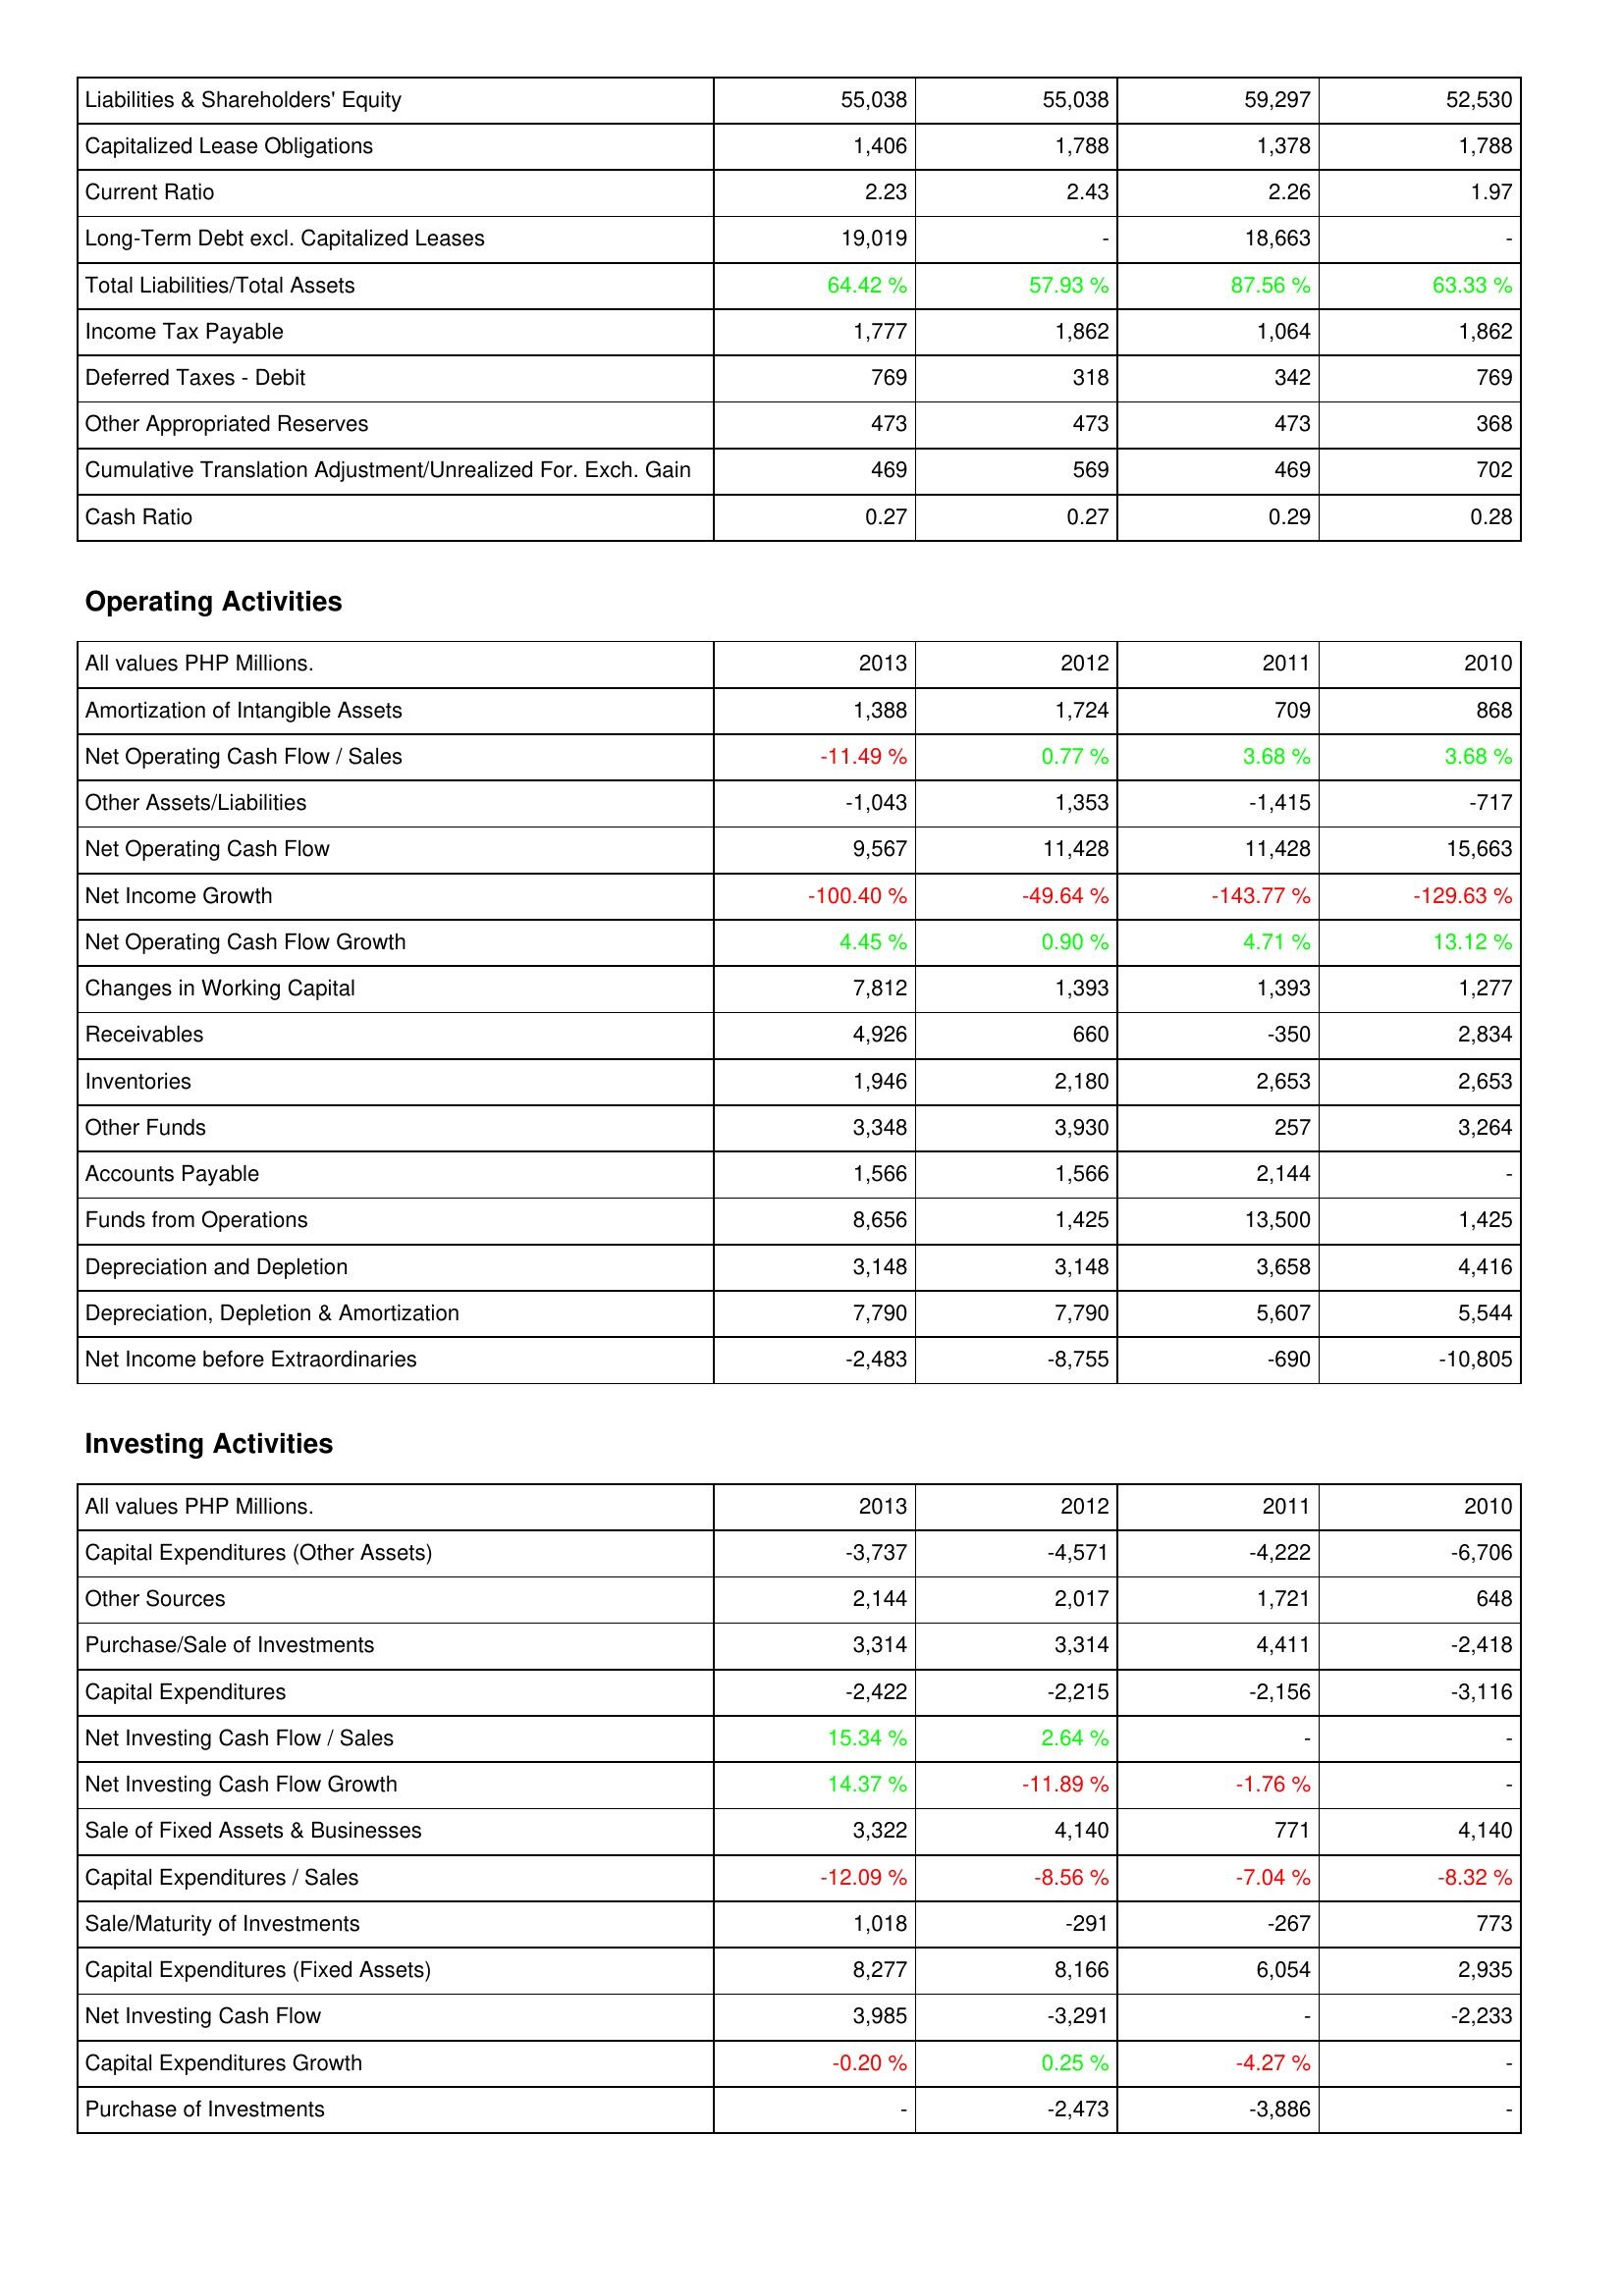
2013: Liabilities & Shareholders' Equity: Liabilities & Shareholders' Equity: 55,038
Capitalized Lease Obligations: 1,406
Current Ratio: 2.23
Long-Term Debt excl. Capitalized Leases: 19,019
Total Liabilities/Total Assets: 64.42 %
Income Tax Payable: 1,777
Deferred Taxes - Debit: 769
Other Appropriated Reserves: 473
Cumulative Translation Adjustment/Unrealized For. Exch. Gain: 469
Cash Ratio: 0.27
Operating Activities: Amortization of Intangible Assets: 1,388
Net Operating Cash Flow / Sales: -11.49 %
Other Assets/Liabilities: -1,043
Net Operating Cash Flow: 9,567
Net Income Growth: -100.40 %
Net Operating Cash Flow Growth: 4.45 %
Changes in Working Capital: 7,812
Receivables: 4,926
Inventories: 1,946
Other Funds: 3,348
Accounts Payable: 1,566
Funds from Operations: 8,656
Depreciation and Depletion: 3,148
Depreciation, Depletion & Amortization: 7,790
Net Income before Extraordinaries: -2,483
Investing Activities: Capital Expenditures (Other Assets): -3,737
Other Sources: 2,144
Purchase/Sale of Investments: 3,314
Capital Expenditures: -2,422
Net Investing Cash Flow / Sales: 15.34 %
Net Investing Cash Flow Growth: 14.37 %
Sale of Fixed Assets & Businesses: 3,322
Capital Expenditures / Sales: -12.09 %
Sale/Maturity of Investments: 1,018
Capital Expenditures (Fixed Assets): 8,277
Net Investing Cash Flow: 3,985
Capital Expenditures Growth: -0.20 %
Purchase of Investments: -
2012: Liabilities & Shareholders' Equity: Liabilities & Shareholders' Equity: 55,038
Capitalized Lease Obligations: 1,788
Current Ratio: 2.43
Long-Term Debt excl. Capitalized Leases: -
Total Liabilities/Total Assets: 57.93 %
Income Tax Payable: 1,862
Deferred Taxes - Debit: 318
Other Appropriated Reserves: 473
Cumulative Translation Adjustment/Unrealized For. Exch. Gain: 569
Cash Ratio: 0.27
Operating Activities: Amortization of Intangible Assets: 1,724
Net Operating Cash Flow / Sales: 0.77 %
Other Assets/Liabilities: 1,353
Net Operating Cash Flow: 11,428
Net Income Growth: -49.64 %
Net Operating Cash Flow Growth: 0.90 %
Changes in Working Capital: 1,393
Receivables: 660
Inventories: 2,180
Other Funds: 3,930
Accounts Payable: 1,566
Funds from Operations: 1,425
Depreciation and Depletion: 3,148
Depreciation, Depletion & Amortization: 7,790
Net Income before Extraordinaries: -8,755
Investing Activities: Capital Expenditures (Other Assets): -4,571
Other Sources: 2,017
Purchase/Sale of Investments: 3,314
Capital Expenditures: -2,215
Net Investing Cash Flow / Sales: 2.64 %
Net Investing Cash Flow Growth: -11.89 %
Sale of Fixed Assets & Businesses: 4,140
Capital Expenditures / Sales: -8.56 %
Sale/Maturity of Investments: -291
Capital Expenditures (Fixed Assets): 8,166
Net Investing Cash Flow: -3,291
Capital Expenditures Growth: 0.25 %
Purchase of Investments: -2,473
2011: Liabilities & Shareholders' Equity: Liabilities & Shareholders' Equity: 59,297
Capitalized Lease Obligations: 1,378
Current Ratio: 2.26
Long-Term Debt excl. Capitalized Leases: 18,663
Total Liabilities/Total Assets: 87.56 %
Income Tax Payable: 1,064
Deferred Taxes - Debit: 342
Other Appropriated Reserves: 473
Cumulative Translation Adjustment/Unrealized For. Exch. Gain: 469
Cash Ratio: 0.29
Operating Activities: Amortization of Intangible Assets: 709
Net Operating Cash Flow / Sales: 3.68 %
Other Assets/Liabilities: -1,415
Net Operating Cash Flow: 11,428
Net Income Growth: -143.77 %
Net Operating Cash Flow Growth: 4.71 %
Changes in Working Capital: 1,393
Receivables: -350
Inventories: 2,653
Other Funds: 257
Accounts Payable: 2,144
Funds from Operations: 13,500
Depreciation and Depletion: 3,658
Depreciation, Depletion & Amortization: 5,607
Net Income before Extraordinaries: -690
Investing Activities: Capital Expenditures (Other Assets): -4,222
Other Sources: 1,721
Purchase/Sale of Investments: 4,411
Capital Expenditures: -2,156
Net Investing Cash Flow / Sales: -
Net Investing Cash Flow Growth: -1.76 %
Sale of Fixed Assets & Businesses: 771
Capital Expenditures / Sales: -7.04 %
Sale/Maturity of Investments: -267
Capital Expenditures (Fixed Assets): 6,054
Net Investing Cash Flow: -
Capital Expenditures Growth: -4.27 %
Purchase of Investments: -3,886
2010: Liabilities & Shareholders' Equity: Liabilities & Shareholders' Equity: 52,530
Capitalized Lease Obligations: 1,788
Current Ratio: 1.97
Long-Term Debt excl. Capitalized Leases: -
Total Liabilities/Total Assets: 63.33 %
Income Tax Payable: 1,862
Deferred Taxes - Debit: 769
Other Appropriated Reserves: 368
Cumulative Translation Adjustment/Unrealized For. Exch. Gain: 702
Cash Ratio: 0.28
Operating Activities: Amortization of Intangible Assets: 868
Net Operating Cash Flow / Sales: 3.68 %
Other Assets/Liabilities: -717
Net Operating Cash Flow: 15,663
Net Income Growth: -129.63 %
Net Operating Cash Flow Growth: 13.12 %
Changes in Working Capital: 1,277
Receivables: 2,834
Inventories: 2,653
Other Funds: 3,264
Accounts Payable: -
Funds from Operations: 1,425
Depreciation and Depletion: 4,416
Depreciation, Depletion & Amortization: 5,544
Net Income before Extraordinaries: -10,805
Investing Activities: Capital Expenditures (Other Assets): -6,706
Other Sources: 648
Purchase/Sale of Investments: -2,418
Capital Expenditures: -3,116
Net Investing Cash Flow / Sales: -
Net Investing Cash Flow Growth: -
Sale of Fixed Assets & Businesses: 4,140
Capital Expenditures / Sales: -8.32 %
Sale/Maturity of Investments: 773
Capital Expenditures (Fixed Assets): 2,935
Net Investing Cash Flow: -2,233
Capital Expenditures Growth: -
Purchase of Investments: -